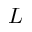
L